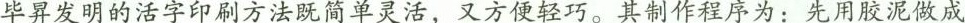
毕昇发明的活字印刷方法既简单灵活，又方便轻巧。其制作程序为：先用胶泥做成